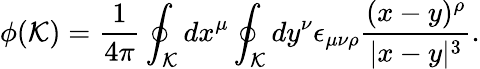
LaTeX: \phi({\cal K})={\frac{1}{4\pi}}\oint_{\cal K}dx^{\mu}\oint_{\cal K}dy^{\nu}\epsilon_{\mu\nu\rho}{\frac{(x-y)^{\rho}}{|x-y|^{3}}}.